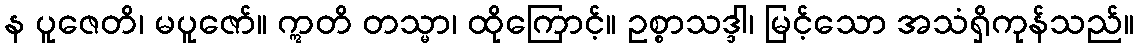
န ပူဇေတိ၊ မပူဇော်။ ဣတိ တသ္မာ၊ ထိုကြောင့်။ ဥစ္စာသဒ္ဒါ၊ မြင့်သော အသံရှိကုန်သည်။